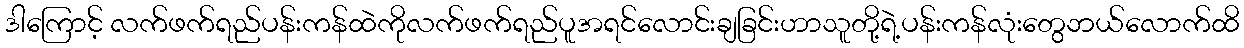
ဒါကြောင့် လက်ဖက်ရည်ပန်းကန်ထဲကိုလက်ဖက်ရည်ပူအရင်လောင်းချခြင်းဟာသူတို့ရဲ့ပန်းကန်လုံးတွေဘယ်လောက်ထိ